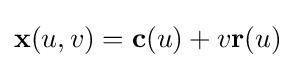
\mathbf {x} (u,v)=\mathbf {c} (u)+v\mathbf {r} (u)\